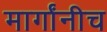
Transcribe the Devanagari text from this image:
मार्गांनीच